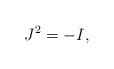
LaTeX: \begin{align*}J^{2}=-I, \end{align*}